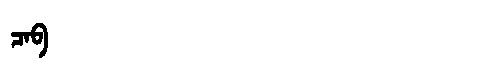
Manchu: ᠴᠠᠪ
Romanization: CAB